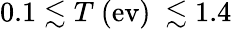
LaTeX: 0.1\lesssim T~(\mathrm{{ev})~\lesssim 1.4}